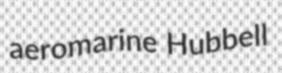
aeromarine Hubbell